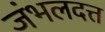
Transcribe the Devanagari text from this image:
जंभलदत्त